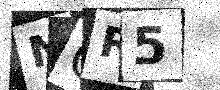
Text: NCR5